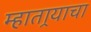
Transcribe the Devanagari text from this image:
म्हातार्‍याचा